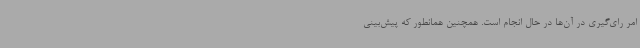
امر رای‌گیری در آن‌ها در حال انجام است. همچنین همانطور که پیش‌بینی